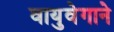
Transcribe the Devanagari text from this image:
वायुवेगाने